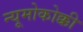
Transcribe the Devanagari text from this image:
न्यूमोकोक्की